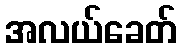
အလယ်ခေတ်